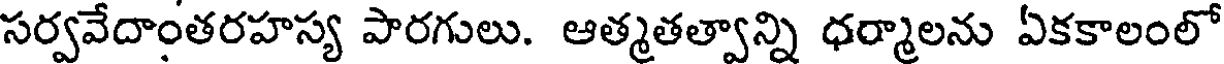
సర్వవేదాంతరహస్య పారగులు. ఆత్మతత్వాన్ని ధర్మాలను ఏకకాలంలో